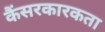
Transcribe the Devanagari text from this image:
कैंसरकारकता